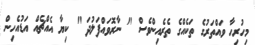
މިހުރިހާ ވައްތަރުގެ ތަކެއްގެ ތެރެއިންވެސް " ނާރޮވައްފަލުދަ " ކިޔާ އެއްޗެއް އަޑުއެހިން